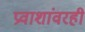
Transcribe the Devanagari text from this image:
प्रवाशांवरही